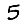
Digit: 5